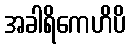
အခါရိကေဟိပိ